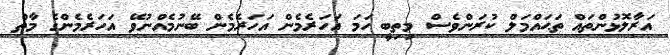
އަރާލޮޅުންތައް ތަޙައްމަލް ކުރަންވެސް މިތިބީ ހަމަ އަހަރެމެން އަހަރެމެން ބޭނުމެއްނުވޭ އަހަރެމެންގެ މާތް